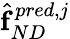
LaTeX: \hat{\boldsymbol{\mathrm{f}}}_{ND}^{pred,j}